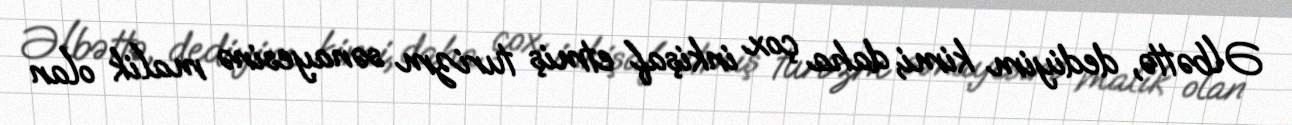
Əlbəttə, dediyim kimi, daha çox inkişaf etmiş turizm sənayesinə malik olan